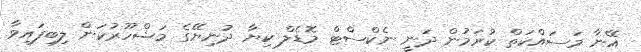
އޭނާ މަސައްކަތް ކުރަމުން ދަނީ ނެކްސްޓް މޮޑެލް ކިޔާ ދުނިޔޭގެ މަޝްހޫރުކަން ލިބިފައިވާ